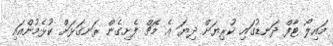
މައިލޯ ޓާފް ދަނޑުގައި ކުރިޔަށް ދިޔަ އެ މެޗް ފެށިގެން ރަނގަޅަށް ކުޅެމުންއައި